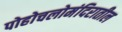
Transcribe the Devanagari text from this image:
पोहोचलोमंदिरातील